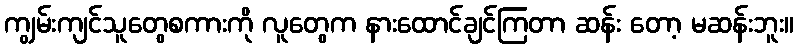
ကျွမ်းကျင်သူတွေစကားကို လူတွေက နားထောင်ချင်ကြတာ ဆန်း တော့ မဆန်းဘူး။